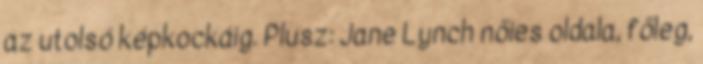
az utolsó képkockáig. Plusz: Jane Lynch nőies oldala, főleg,